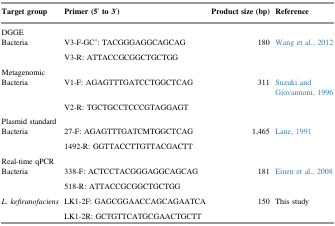
<table><thead><tr><td><b>Target group</b></td><td><b>Primer (5′ to 3′)</b></td><td><b>Product size (bp)</b></td><td><b>Reference</b></td></tr></thead><tbody><tr><td colspan="4">DGGE</td></tr><tr><td>Bacteria</td><td>V3-F-GCa: TACGGGAGGCAGCAG</td><td>180</td><td>Wang et al., 2012</td></tr><tr><td></td><td>V3-R: ATTACCGCGGCTGCTGG</td><td></td><td></td></tr><tr><td colspan="4">Metagenomic</td></tr><tr><td>Bacteria</td><td>V1-F: AGAGTTTGATCCTGGCTCAG</td><td>311</td><td>Suzuki and Giovannoni, 1996</td></tr><tr><td></td><td>V2-R: TGCTGCCTCCCGTAGGAGT</td><td></td><td></td></tr><tr><td colspan="4">Plasmid standard</td></tr><tr><td>Bacteria</td><td>27-F: AGAGTTTGATCMTGGCTCAG</td><td>1,465</td><td>Lane, 1991</td></tr><tr><td></td><td>1492-R: GGTTACCTTGTTACGACTT</td><td></td><td></td></tr><tr><td colspan="4">Real-time qPCR</td></tr><tr><td>Bacteria</td><td>338-F: ACTCCTACGGGAGGCAGCAG</td><td>181</td><td>Einen et al., 2008</td></tr><tr><td></td><td>518-R: ATTACCGCGGCTGCTGG</td><td></td><td></td></tr><tr><td><i>L. kefiranofaciens</i></td><td>LK1-2F: GAGCGGAACCAGCAGAATCA</td><td>150</td><td>This study</td></tr><tr><td></td><td>LK1-2R: GCTGTTCATGCGAACTGCTT</td><td></td><td></td></tr></tbody></table>